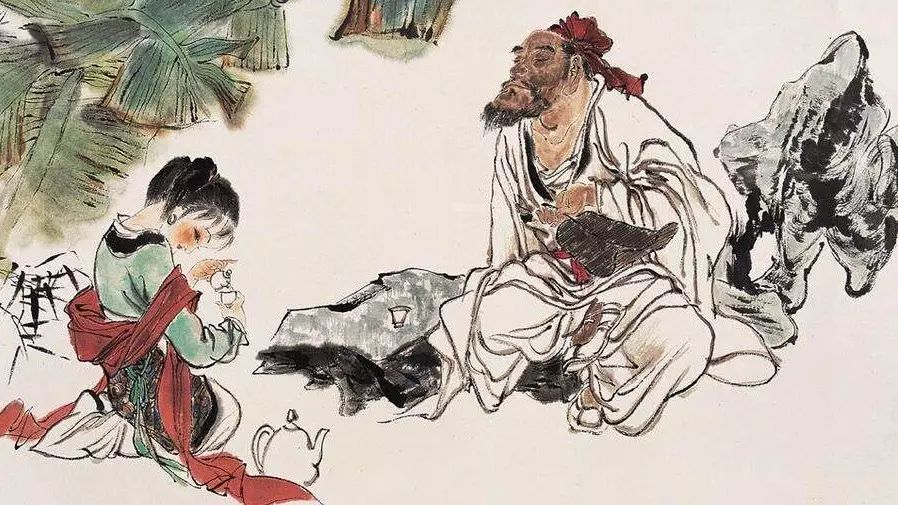
忽忆故人天际去，计程今日到梁州。